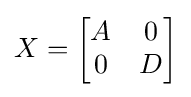
X={\begin{bmatrix}A&0\\0&D\end{bmatrix}}